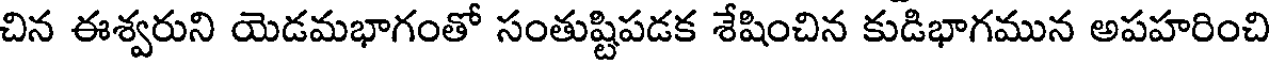
చిన ఈశ్వరుని యెడమభాగంతో సంతుష్టిపడక శేషించిన కుడిభాగమున అపహరించి